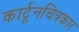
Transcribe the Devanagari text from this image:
कार्टूनचित्रकार